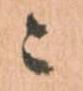
ニ